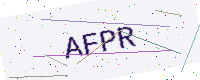
Text: AFPR